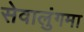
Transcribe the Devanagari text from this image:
सेवालुंगमा